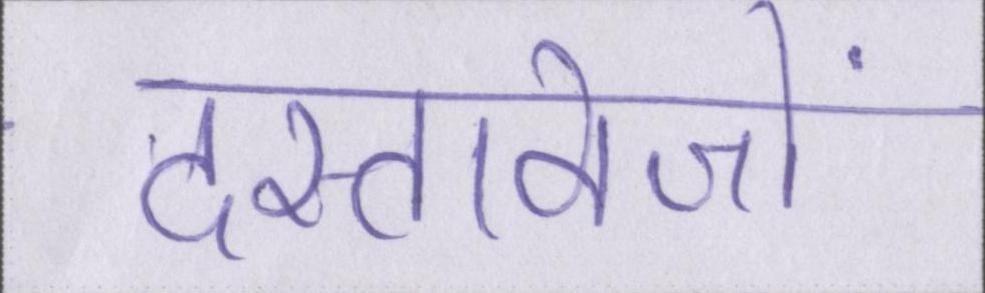
दस्तावेजों